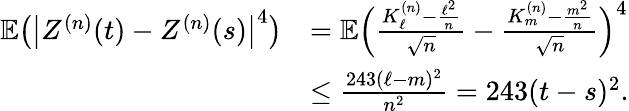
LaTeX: \begin{array}{rl}{\mathbb{E}\bigl(\bigl|Z^{(n)}(t)-Z^{(n)}(s)\bigr|^{4}\bigr)}&{=\mathbb{E}\Big(\frac{K_{\ell}^{(n)}-\frac{\ell^{2}}{n}}{\sqrt{n}}-\frac{K_{m}^{(n)}-\frac{m^{2}}{n}}{\sqrt{n}}\Big)^{4}}\\ &{\leq\frac{243(\ell-m)^{2}}{n^{2}}=243(t-s)^{2}.}\end{array}